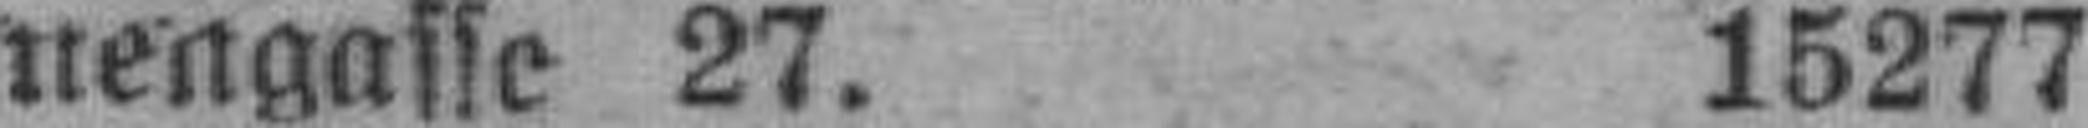
nengasse 27. 15277